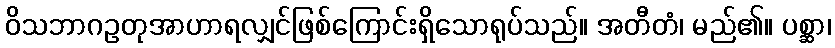
ဝိသဘာဂဥတုအာဟာရလျှင်ဖြစ်ကြောင်းရှိသောရုပ်သည်။ အတီတံ၊ မည်၏။ ပစ္ဆာ၊